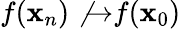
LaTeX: f(\mathbf{x}_{n})\not{\to}f(\mathbf{x}_{0})